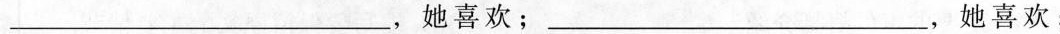
___，她喜欢；___，她喜欢。